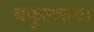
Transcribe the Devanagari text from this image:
बकुलकथा